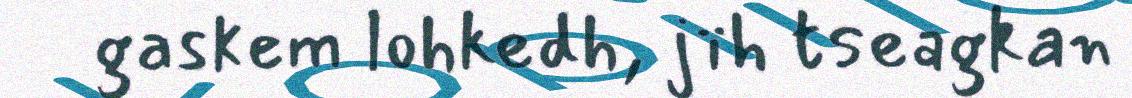
gaskem lohkedh, jïh tseagkan